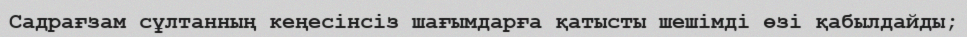
Садрағзам сұлтанның кеңесінсіз шағымдарға қатысты шешімді өзі қабылдайды;